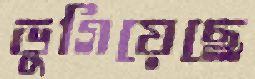
ভুগিয়েছে